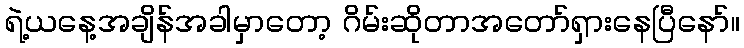
ရဲ့ယနေ့အချိန်အခါမှာတော့ ဂိမ်းဆိုတာအတော်ရှားနေပြီနော်။